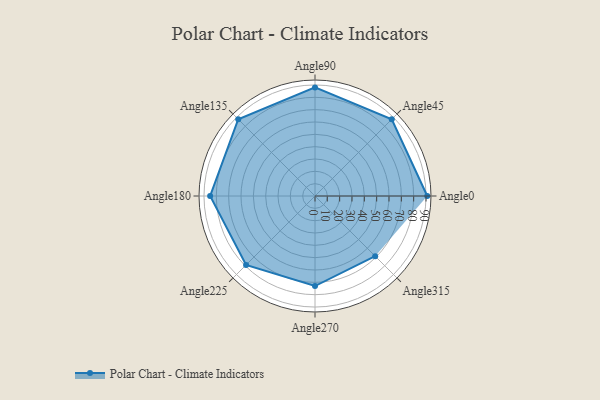
{"axis": {"x": "Angle", "y": "Radius"}, "legend": [""], "data": [{"x": "Angle0", "y": 91.0, "type": ""}, {"x": "Angle45", "y": 88.0, "type": ""}, {"x": "Angle90", "y": 88.0, "type": ""}, {"x": "Angle135", "y": 88.0, "type": ""}, {"x": "Angle180", "y": 85.0, "type": ""}, {"x": "Angle225", "y": 79.0, "type": ""}, {"x": "Angle270", "y": 73.0, "type": ""}, {"x": "Angle315", "y": 69.0, "type": ""}]}